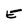
Character: E